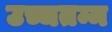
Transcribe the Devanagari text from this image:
उच्चतम्म